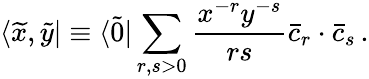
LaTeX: \langle\widetilde x,\widetilde y|\equiv\langle\widetilde 0|\sum_{r,s>0}{\frac{x^{-r}y^{-s}}{rs}}\bar{c}_{r}\cdot\bar{c}_{s}\, .